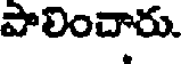
పాలించారు.